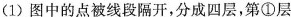
(1)图中的点被线段隔开，分成四层，第①层